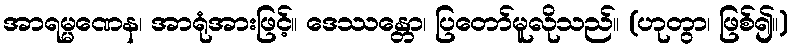
အာရမ္မဏေန၊ အာရုံအားဖြင့်။ ဒေဿန္တော၊ ပြတော်မူလိုသည်။ (ဟုတွာ၊ ဖြစ်၍။)